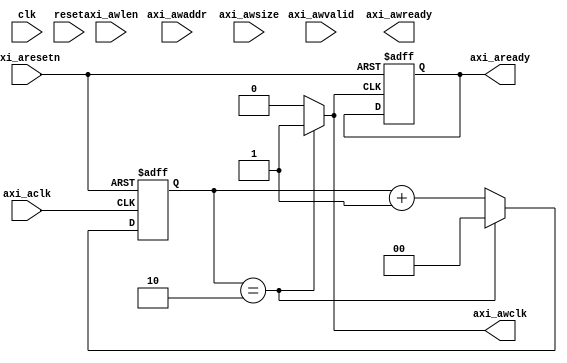
module axi_timing_control_and_sync (
    // Clock and reset signals
    input wire clk,
    input wire reset,

    // AXI bus signals
    input wire axi_aclk,
    input wire axi_aresetn,
    input wire axi_awvalid,
    output wire axi_awready,
    input wire [31:0] axi_awaddr,
    input wire [7:0] axi_awlen,
    input wire [2:0] axi_awsize,
    
    // Add more AXI bus signals as needed

    // Output signals
    output wire axi_awclk,
    output wire axi_aready,

    // Add more output signals as needed

);

// Generate clock enable signal for AXI write interface
reg [1:0] axi_awclk_count = 0;
always @(posedge axi_aclk or negedge axi_aresetn) begin
    if (!axi_aresetn)
        axi_awclk_count <= 0;
    else if (axi_awclk_count == 2)
        axi_awclk_count <= 0;
    else
        axi_awclk_count <= axi_awclk_count + 1;
end

assign axi_awclk = (axi_awclk_count == 2) ? 1'b1 : 1'b0;

// Synchronize ready signal for AXI write interface
reg axi_aready_sync = 0;
always @(posedge axi_awclk or negedge axi_aresetn) begin
    if (!axi_aresetn)
        axi_aready_sync <= 0;
    else
        axi_aready_sync <= axi_aready;
end

assign axi_aready = axi_aready_sync;

// Add more timing and synchronization logic as needed

endmodule